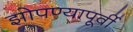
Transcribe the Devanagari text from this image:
झोपण्यापूर्वी